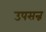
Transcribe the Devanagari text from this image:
उपसन्न